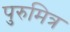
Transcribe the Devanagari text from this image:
पुरुमित्र